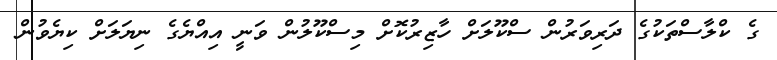
ގެ ކްލާސްތަކުގެ ދަރިވަރުން ސްކޫލަށް ހާޒިރުކޮށް މިސްކޫލުން ވަނީ އިއްޔެގެ ނިޔަލަށް ކިޔެވުން